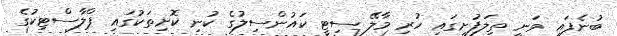
ބުނެފައި ވަނީ ތިލަފުށީގައި ހުރި މާލޭ ސިޓީ ކައުންސިލުގެ ކުނި ކޮށިތަކުގައި ޕްލާސްޓިކުގެ